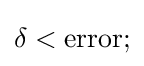
{\delta }<\mathrm {error} ;